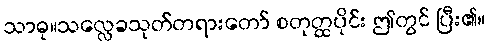
သာဓု။သလ္လေခသုတ်တရားတော် စတုတ္ထပိုင်း ဤတွင် ပြီး၏။